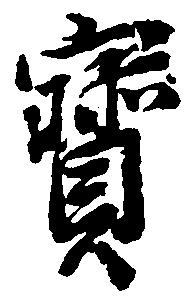
宝